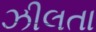
ઝીલતા